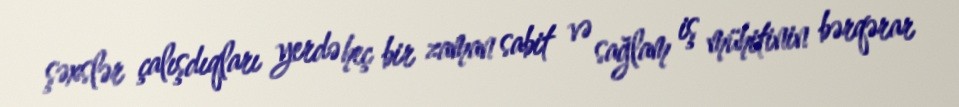
şəxslər çalışdıqları yerdə heç bir zaman sabit və sağlam iş mühitinin bərqərar